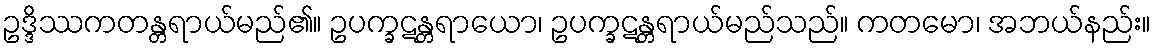
ဥဒ္ဒိဿကတန္တရာယ်မည်၏။ ဥပက္ခဋန္တရာယော၊ ဥပက္ခဋန္တရာယ်မည်သည်။ ကတမော၊ အဘယ်နည်း။